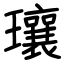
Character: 瓖